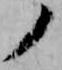
ノ